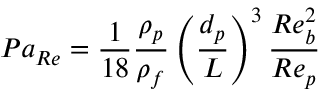
P a _ { R e } = \frac { 1 } { 1 8 } \frac { \rho _ { p } } { \rho _ { f } } \left( \frac { d _ { p } } { L } \right) ^ { 3 } \frac { R e _ { b } ^ { 2 } } { R e _ { p } }